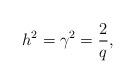
LaTeX: \begin{align*}h^{2}={\gamma}^{2}=\frac{2}{q}, \end{align*}